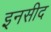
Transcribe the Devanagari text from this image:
इनसीद